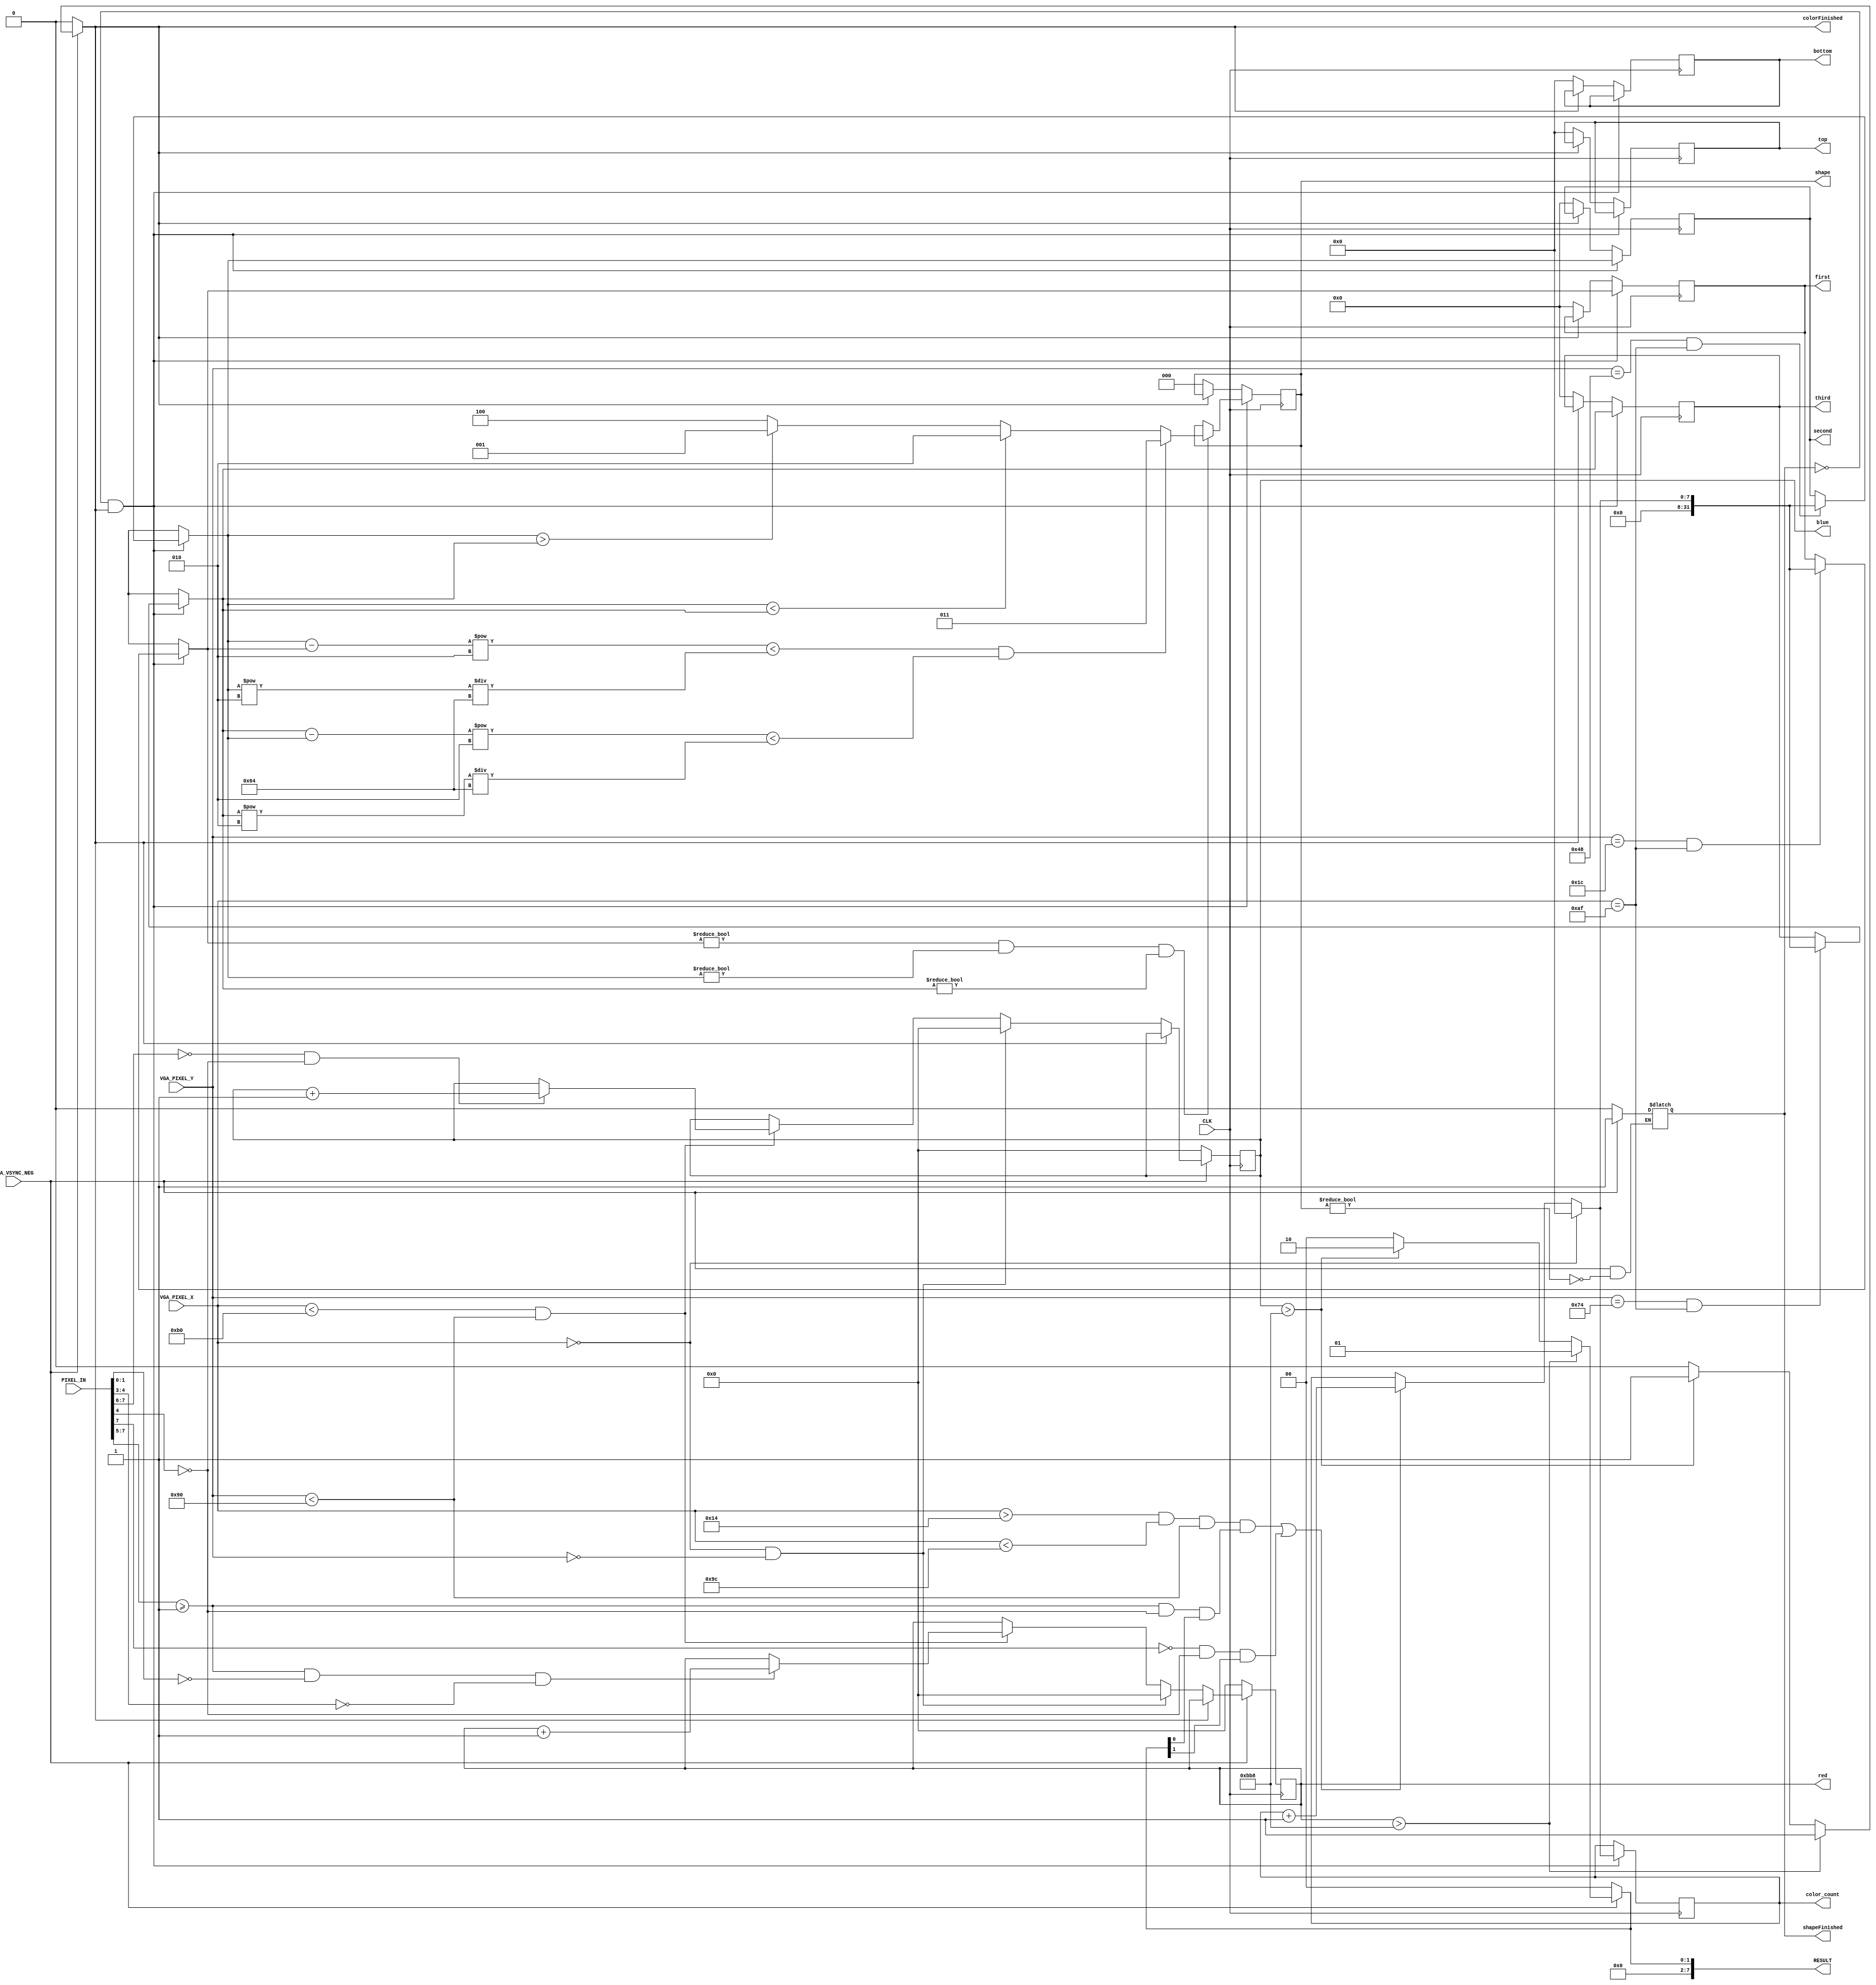
`define SCREEN_WIDTH 176
`define SCREEN_HEIGHT 144
`define NUM_BARS 3
`define BAR_HEIGHT 48

module IMAGE_PROCESSOR (
	PIXEL_IN,
	CLK,
	VGA_PIXEL_X,
	VGA_PIXEL_Y,
	VGA_VSYNC_NEG,
	RESULT,
	shape,
	color_count,
	top,
	first,
	second,
	third,
	bottom,
	colorFinished,
	shapeFinished,
	red,
	blue
);


//=======================================================
//  PORT declarations
//=======================================================
input	[7:0]	PIXEL_IN;
input 		CLK;

input [9:0] VGA_PIXEL_X;
input [9:0] VGA_PIXEL_Y;
input			VGA_VSYNC_NEG;

output reg [7:0] RESULT = 8'b0;

output reg [14:0] blue;
output reg [14:0] red;
output reg colorFinished;
reg resetColor;
always @ (posedge CLK) begin

	if (!colorFinished) begin
		if (VGA_PIXEL_X == 0 && VGA_PIXEL_Y == 0) begin
			blue <= 0;
			red <= 0;
		end
		else begin
			if (VGA_PIXEL_X < 176 && VGA_PIXEL_Y < 144) begin
				if (PIXEL_IN[7:5] >= 1 && PIXEL_IN[1:0] == 0 && PIXEL_IN[4:3] == 0) begin
					red <= red + 1;
				end
				else begin
					red <= red;
				end
				if (PIXEL_IN[7:6] == 0 && PIXEL_IN[4] == 0) begin
					blue <= blue + 1;
				end
				else begin
					blue <= blue;
				end
			end
		end
	end
	
	if (resetColor) begin
		blue <= 0;
		red <= 0;
	end
end

output reg shapeFinished;
output reg [2:0] shape;
output reg [7:0] top;
output reg [31:0] first;
output reg [31:0] second;
output reg [31:0] third;
output reg [7:0] bottom;
output reg [7:0] color_count;
always @ (posedge CLK) begin
	if (!shapeFinished && colorFinished) begin
		if (VGA_PIXEL_X == 0) begin
			color_count = 0;
		end else begin
			if (VGA_PIXEL_X > 20 && VGA_PIXEL_X < 156 && VGA_PIXEL_Y < 144 && (PIXEL_IN[7:5] >= 1 && PIXEL_IN[4] == 0 && RESULT[0] == 1) || (PIXEL_IN[7] == 0 && PIXEL_IN[4] == 0 && RESULT[1] == 1)) begin
				color_count = color_count + 1;
			end
		end
//		if (top == 0 && color_count > 20) begin
//			top = VGA_PIXEL_Y;
//		end
//		if (top != 0 && bottom == 0 && color_count < 21 && VGA_PIXEL_X == 175) begin
//			bottom = VGA_PIXEL_Y;
//		end
		if (VGA_PIXEL_Y == 48-20 && VGA_PIXEL_X == 175) begin //48
			first = color_count;
		end
		if (VGA_PIXEL_Y == 72 && VGA_PIXEL_X == 175) begin
			second = color_count;
		end
		if (VGA_PIXEL_Y == 96+20 && VGA_PIXEL_X == 175) begin //96
			third = color_count;			
		end
		if (first != 0 && second != 0 && third != 0) begin
			if ( (second-first)**2 < second**2/100 && (third-second)**2 < third**2/100) begin
			   //square
				shape = 3'b011;
			end else begin
				if (second < third) begin //second-first > second/10 && third-second > third/10 &&  && first < second
					//triangle
					shape = 3'b010;
				end
				else begin
					if (second > third) begin //second-first > second/10 && second-third > second/10 &&  && second > first
						//diamond
						shape = 3'b001;
					end else begin 
						shape = 3'b100;
					end
				end
			end
		end
	end
	else begin
		if (!colorFinished)
		begin
			shape = 0;
			top = 0;
			first = 0;
			second = 0;
			third = 0;
			bottom = 0;
		end
	end
end

always @ (*) begin
	//ISSUE: RESULT is not clearing
	if (!VGA_VSYNC_NEG) begin
		colorFinished <= 0;
		shapeFinished <= 0;
		RESULT <= 8'b0;
		resetColor <= 1;
	end else begin
		resetColor <= 0;
		if (red > 3000) begin//12678
			RESULT <= 8'b00000001;
			colorFinished <= 1;
		end
		else begin
			if (blue > 3000) begin
				RESULT <= 8'b00000010;
				colorFinished <= 1;
			end
			else begin
				RESULT <= 8'b0;
				colorFinished <= 0;
			end
		end
		
		if (shape != 0) begin
			shapeFinished <= 1;
		end
		
	end
end

endmodule